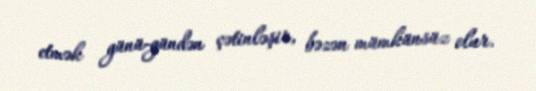
etmək günü-gündən çətinləşir, bəzən mümkünsüz olur.